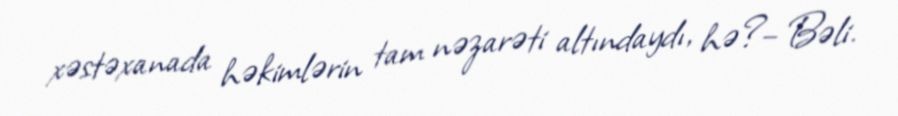
xəstəxanada həkimlərin tam nəzarəti altındaydı, hə?– Bəli.